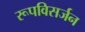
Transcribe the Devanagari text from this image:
रूपविसर्जन